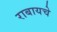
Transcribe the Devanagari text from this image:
राबायचे